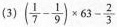
(3)$$(\frac{1}{7}- \frac{1}{9})\times 63- \frac{2}{3}$$